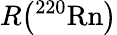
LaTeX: R\big(\mathrm{^{220}Rn}\big)